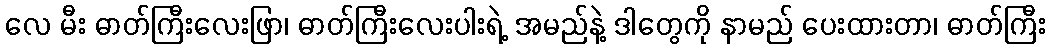
လေ မီး ဓာတ်ကြီးလေးဖြာ၊ ဓာတ်ကြီးလေးပါးရဲ့ အမည်နဲ့ ဒါတွေကို နာမည် ပေးထားတာ၊ ဓာတ်ကြီး